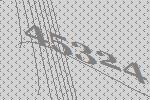
45324